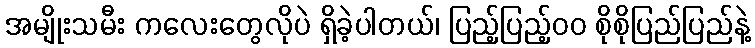
အမျိုးသမီး ကလေးတွေလိုပဲ ရှိခဲ့ပါတယ်၊ ပြည့်ပြည့်၀၀ စိုစိုပြည်ပြည်နဲ့